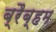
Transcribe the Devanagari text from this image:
ब्रैब्हम